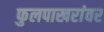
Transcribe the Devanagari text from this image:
फुलपाखरांवर